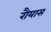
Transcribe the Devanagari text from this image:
रौयास